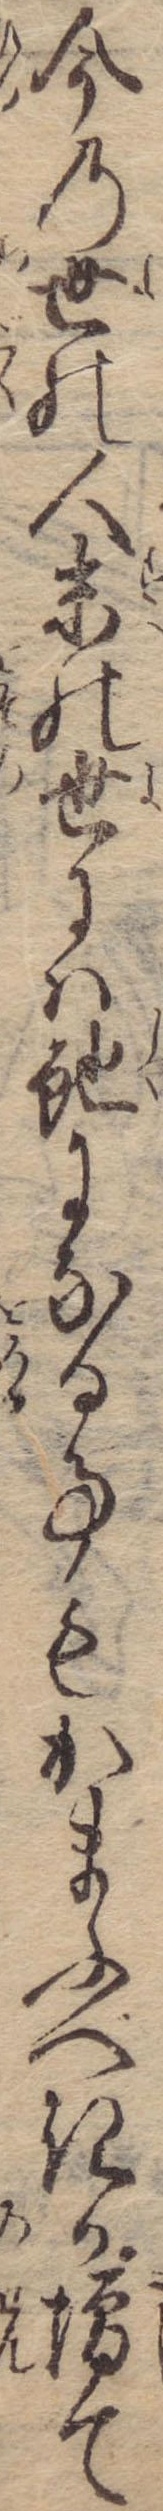
今の世の人末の世には蛇になる事もかまふべきか増て